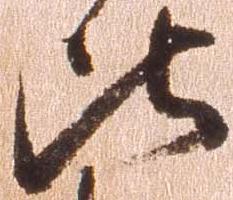
比